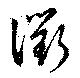
衢